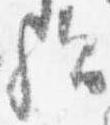
歟